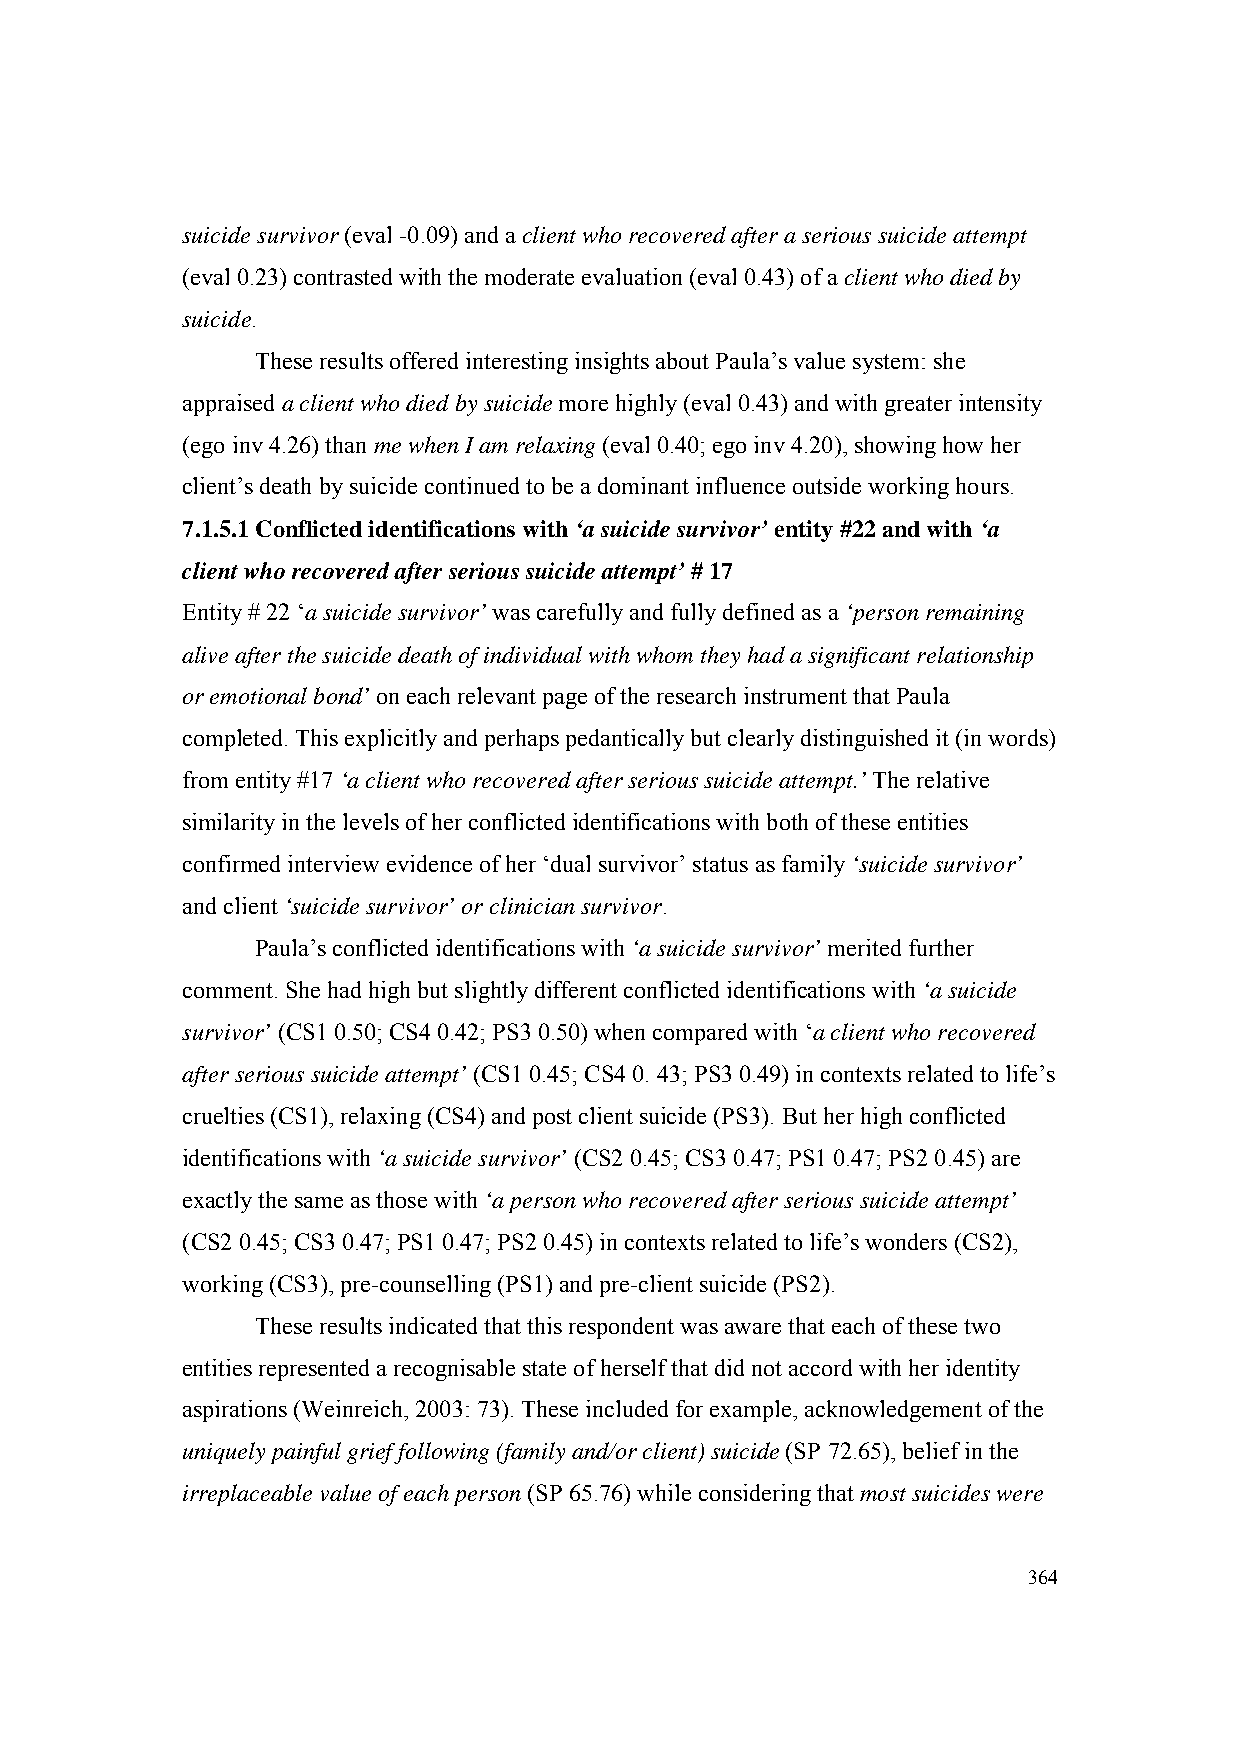
suicide survivor (eval -0.09) and a client who recovered after a serious suicide attempt
 (eval 0.23) contrasted with the moderate evaluation (eval 0.43) of a client who died by
 suicide.
 These results offered interesting insights about Paula’s value system: she
 appraised a client who died by suicide more highly (eval 0.43) and with greater intensity
 (ego inv 4.26) than me when I am relaxing (eval 0.40; ego inv 4.20), showing how her
 client’s death by suicide continued to be a dominant influence outside working hours.
 7.1.5.1 Conflicted identifications with ‘a suicide survivor’ entity #22 and with ‘a
 client who recovered after serious suicide attempt’ # 17
 Entity # 22 ‘a suicide survivor’ was carefully and fully defined as a ‘person remaining
 alive after the suicide death of individual with whom they had a significant relationship
 or emotional bond’ on each relevant page of the research instrument that Paula
 completed. This explicitly and perhaps pedantically but clearly distinguished it (in words)
 from entity #17 ‘a client who recovered after serious suicide attempt.’ The relative
 similarity in the levels of her conflicted identifications with both of these entities
 confirmed interview evidence of her ‘dual survivor’ status as family ‘suicide survivor’
 and client ‘suicide survivor’ or clinician survivor.
 Paula’s conflicted identifications with ‘a suicide survivor’ merited further
 comment. She had high but slightly different conflicted identifications with ‘a suicide
 survivor’ (CS1 0.50; CS4 0.42; PS3 0.50) when compared with ‘a client who recovered
 after serious suicide attempt’ (CS1 0.45; CS4 0. 43; PS3 0.49) in contexts related to life’s
 cruelties (CS1), relaxing (CS4) and post client suicide (PS3). But her high conflicted
 identifications with ‘a suicide survivor’ (CS2 0.45; CS3 0.47; PS1 0.47; PS2 0.45) are
 exactly the same as those with ‘a person who recovered after serious suicide attempt’
 (CS2 0.45; CS3 0.47; PS1 0.47; PS2 0.45) in contexts related to life’s wonders (CS2),
 working (CS3), pre-counselling (PS1) and pre-client suicide (PS2).
 These results indicated that this respondent was aware that each of these two
 entities represented a recognisable state of herself that did not accord with her identity
 aspirations (Weinreich, 2003: 73). These included for example, acknowledgement of the
 uniquely painful grief following (family and/or client) suicide (SP 72.65), belief in the
 irreplaceable value of each person (SP 65.76) while considering that most suicides were
 364